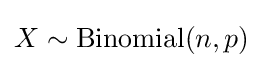
X\sim \operatorname {Binomial} (n,p)